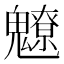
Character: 𩴤